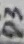
Text: D3